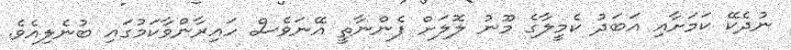
ނުދެކޭ ކަމަށާއި އަބަދު ކެމީލާގެ މޫނު ލޮލަށް ފެންނާތީ އޭނަވެސް ހައިރާންވާކަމުގައި ބުނެލިއެވެ.